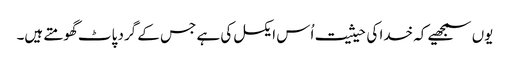
یوں سمجھیے کہ خدا کی حیثیت اُس ایکسل کی ہے جس کے گرد پاٹ گھومتے ہیں۔